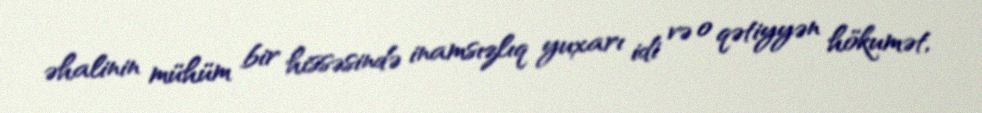
əhalinin mühüm bir hissəsində inamsızlıq yuxarı idi və o qətiyyən hökumət,